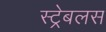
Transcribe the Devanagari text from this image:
स्ट्रेबलस